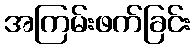
အကြမ်းဖက်ခြင်း